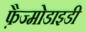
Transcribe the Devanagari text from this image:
फ़ैज्मोडाइडी